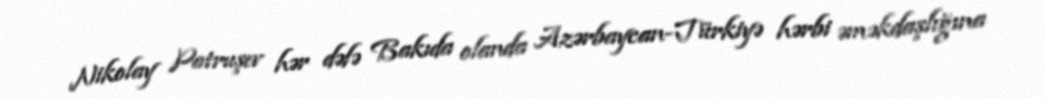
Nikolay Patruşev hər dəfə Bakıda olanda Azərbaycan-Türkiyə hərbi əməkdaşlığına